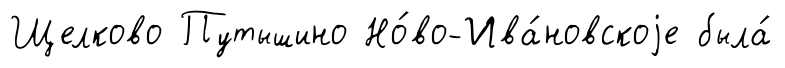
Щелково Путышино Но́во-Ива́новскоjе была́